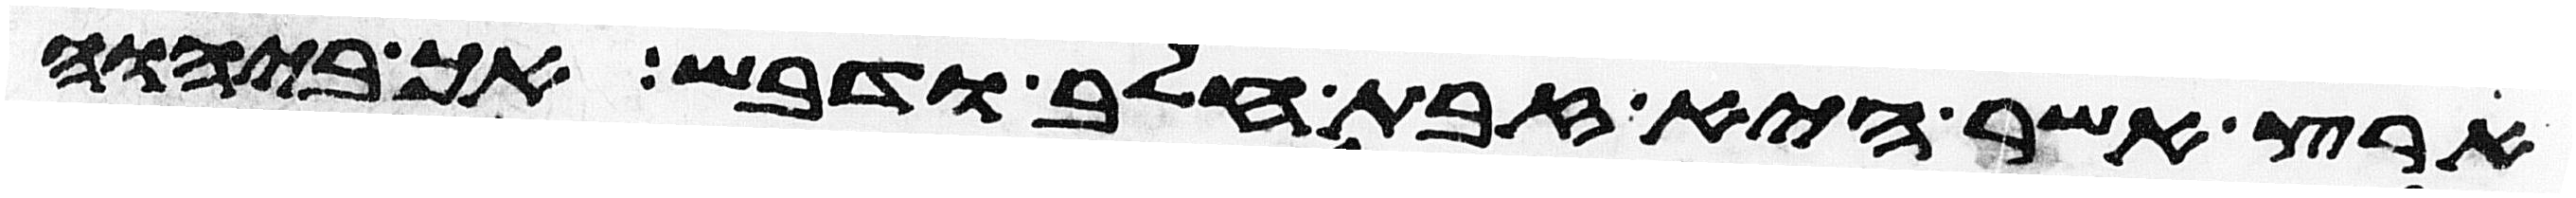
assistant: ארץ אשר היא זבת חלב ודבש אך ביהוה